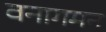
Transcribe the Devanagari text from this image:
वनागमन